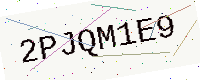
Text: 2PJQM1E9